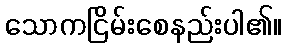
သောကငြိမ်းစေနည်းပါ၏။